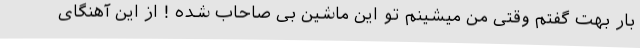
بار بهت گفتم وقتى من ميشينم تو اين ماشين بى صاحاب شده ! از اين آهنگاى